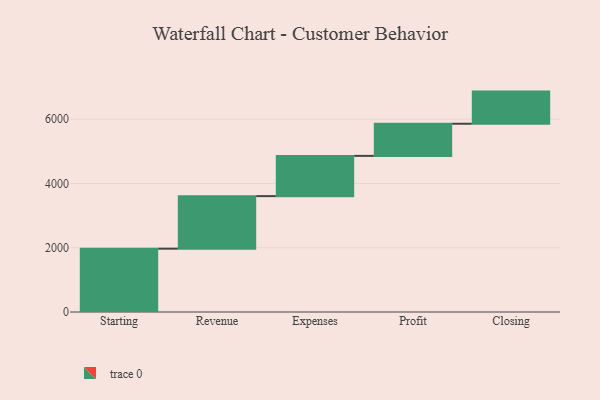
{"axis": {"x": "Step", "y": "Value"}, "legend": [""], "data": [{"x": "Starting", "y": 1970.0, "type": ""}, {"x": "Revenue", "y": 1635.0, "type": ""}, {"x": "Expenses", "y": 1252.0, "type": ""}, {"x": "Profit", "y": 1000, "type": ""}, {"x": "Closing", "y": 1000, "type": ""}]}